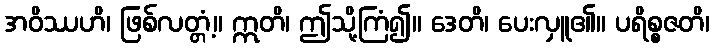
အဝိဿဟိ၊ ဖြစ်လတ္တံ့။ ဣတိ၊ ဤသို့ကြံ၍။ ဒေတိ၊ ပေးလှူ၏။ ပရိစ္စဇတိ၊